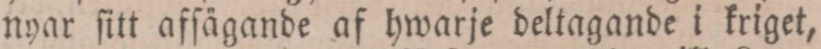
nyar ſitt afſägande af hwarje deltagande i kriget,